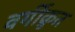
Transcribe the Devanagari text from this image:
वर्गीक्रुत